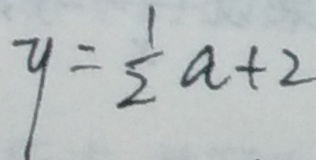
y = \frac { 1 } { 2 } a + 2